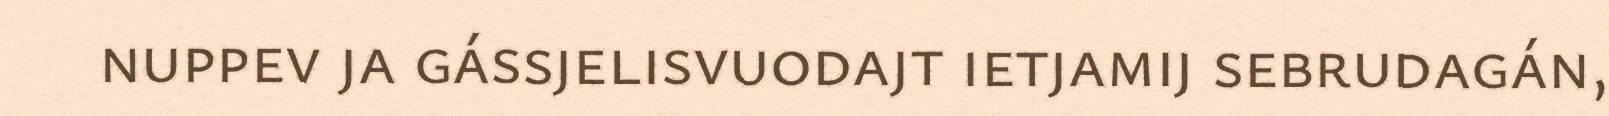
nuppev ja gássjelisvuodajt ietjamij sebrudagán,